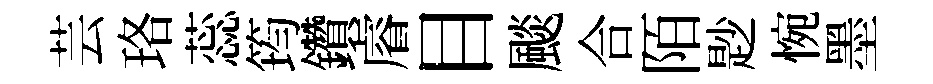
芸珞蕊筠鑽𥈠目颷合陌尟惋墨